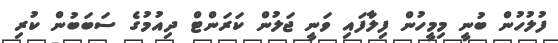
ފުލުހުން ބުނީ މިމީހުން ފިލާފައި ވަނީ ޖަލުން ކަރަންޓް ދިއުމުގެ ސަބަބުން ކުރި